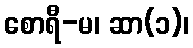
စောရီ-မ၊ ဆာ(၁)၊